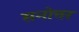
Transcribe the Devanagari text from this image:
सनोत्तर